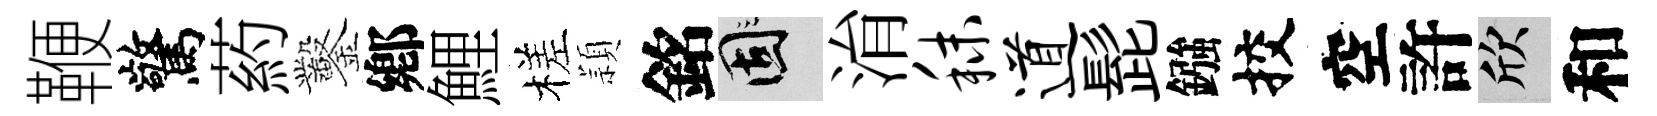
鞭驚葯鑿鄕鯉槎頴銘固㳙秣道髭鏹挍空許欣和